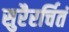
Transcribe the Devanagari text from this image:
सुरैरर्चितं